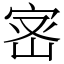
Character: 宻